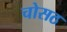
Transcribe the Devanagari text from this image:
चोसठ